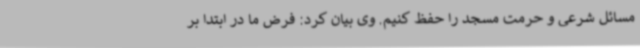
مسائل شرعی و حرمت مسجد را حفظ کنیم. وی بیان کرد: فرض ما در ابتدا بر